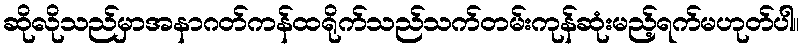
ဆိုလိုသည်မှာအနာဂတ်ကန်ထရိုက်သည်သက်တမ်းကုန်ဆုံးမည့်ရက်မဟုတ်ပါ။